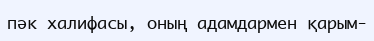
пәк халифасы, оның адамдармен қарым-